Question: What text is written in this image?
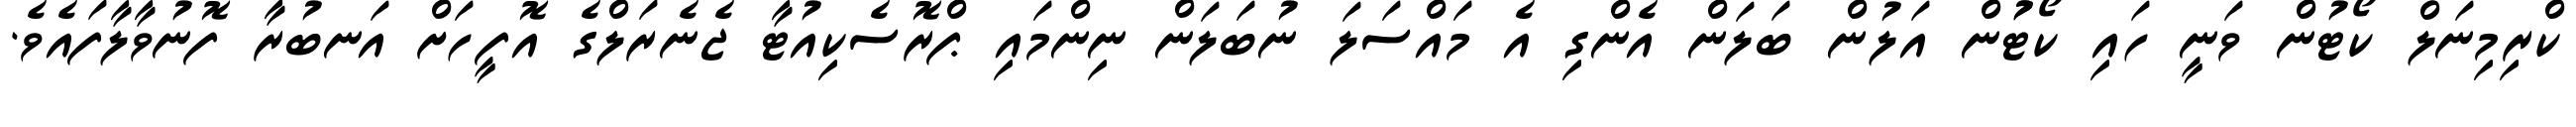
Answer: ކްރިމިނަލް ކޯޓުން ވަނީ ހައި ކޯޓުުން އަލުން ބަލަން އެންގި އެ މައްސަލަ ނުބަލަން ނިންމައި ޕްރޮސެކިއުޓާ ޖެނެރަލްގެ އޮފީހަށް އަނބުރާ ފޮނުވާލާފައެވެ.